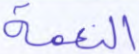
النعمة